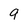
Character: 9